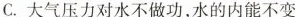
C.大气压力对水不做功，水的内能不变